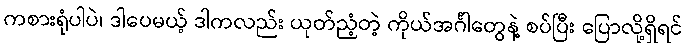
ကစားရုံပါပဲ၊ ဒါပေမယ့် ဒါကလည်း ယုတ်ညံ့တဲ့ ကိုယ်အင်္ဂါတွေနဲ့ စပ်ပြီး ပြောလို့ရှိရင်